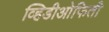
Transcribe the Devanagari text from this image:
व्हिडीओफिती